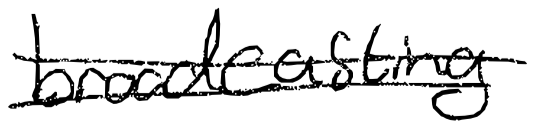
Text: broadcasting
Cross-out: double-line
Writing tool: digital_black